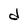
Character: d